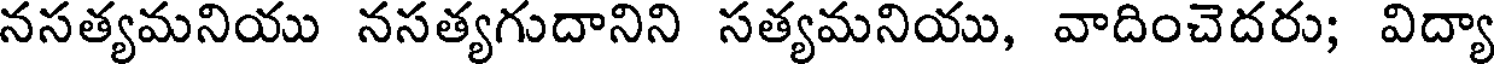
నసత్యమనియు నసత్యగుదానిని సత్యమనియు, వాదించెదరు; విద్యా